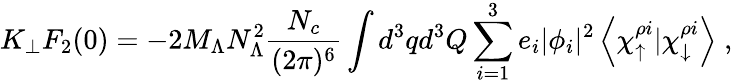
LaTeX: K_{\perp}F_{2}(0)=-2M_{\Lambda}N_{\Lambda}^{2}{\frac{N_{c}}{(2\pi)^{6}}}\int d^{3}qd^{3}Q\sum_{i=1}^{3}e_{i}|\phi_{i}|^{2}\left<\chi_{\uparrow}^{\rho i}|\chi_{\downarrow}^{\rho i}\right>\; ,